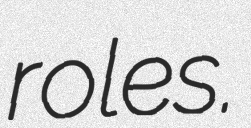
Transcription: roles.